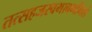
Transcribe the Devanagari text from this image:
तत्सहजस्वभावमनिशं